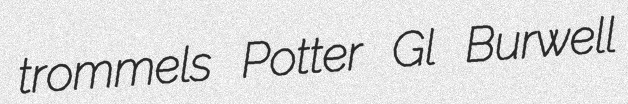
trommels Potter Gl Burwell